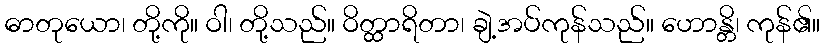
ဓာတုယော၊ တို့ကို။ ဝါ၊ တို့သည်။ ဝိတ္ထာရိတာ၊ ချဲ့အပ်ကုန်သည်။ ဟောန္တိ၊ ကုန်၏။